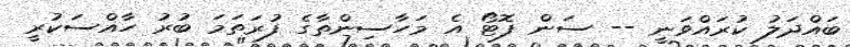
ބައްދަލު ކުރައްވަނީ -- ސަން ފޮޓޯ އެ މަހާސިންތާގެ ފުރަތަމަ ބުރު ހާއްސަކުރީ